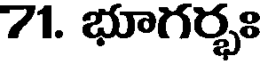
71. భూగర్భః